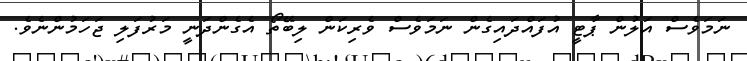
ނަމަވެސް އަލުން ޕާޓީ އުފައްދައިގެން ނަމަވެސް ވެރިކަން ލިބޭތޯ އެގެންދަނީ މަރުފަލި ޖަހަމުންނެވެ.